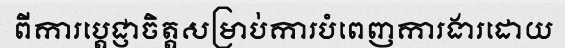
ពីការប្តេជ្ញាចិត្តសម្រាប់ការបំពេញការងារដោយ